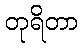
တုရိတာ